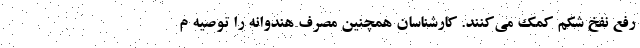
رفع نفخ شکم کمک می‌کنند. کارشناسان همچنین مصرف هندوانه را توصیه م